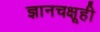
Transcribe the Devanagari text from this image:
ज्ञानचक्षूही